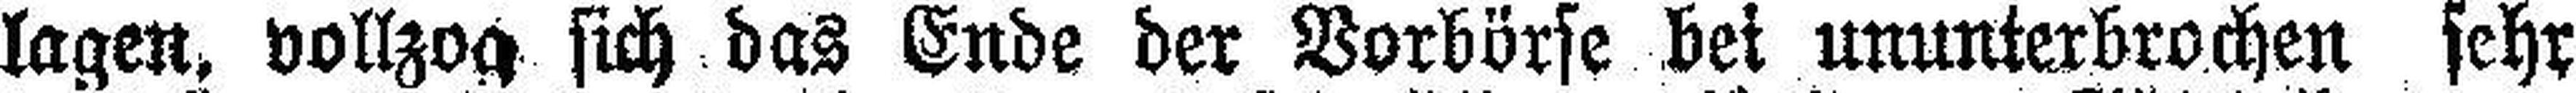
lagen, vollzog sich das Ende der Vorbörse bei ununterbrochen sehr